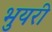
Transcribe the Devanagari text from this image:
भुयरी